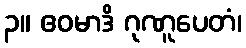
၃။ ဧဝမာဒိ ဂုဏူပေတံ၊